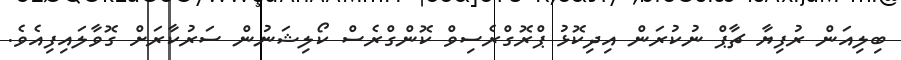
ބިލިއަން ރުފިޔާ ޗާޕް ނުކުރަން އިދިކޮޅު ޕްރޮގްރެސިވް ކޮންގްރެސް ކޯލިޝަނުން ސަރުކާރަށް ގޮވާލައިފިއެވެ.